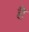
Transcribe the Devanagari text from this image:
हेेै